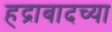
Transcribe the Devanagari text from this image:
हद्राबादच्या